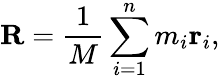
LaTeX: \mathbf{R}={\frac{1}{M}}\sum_{i=1}^{n}m_{i}\mathbf{r}_{i},